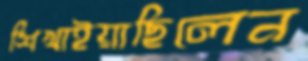
শিখাইয়াছিলেন